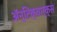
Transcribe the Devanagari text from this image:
ॲन्टिक्वार्क्स